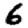
Digit: 6